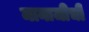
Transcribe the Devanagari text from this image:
मानाजीची